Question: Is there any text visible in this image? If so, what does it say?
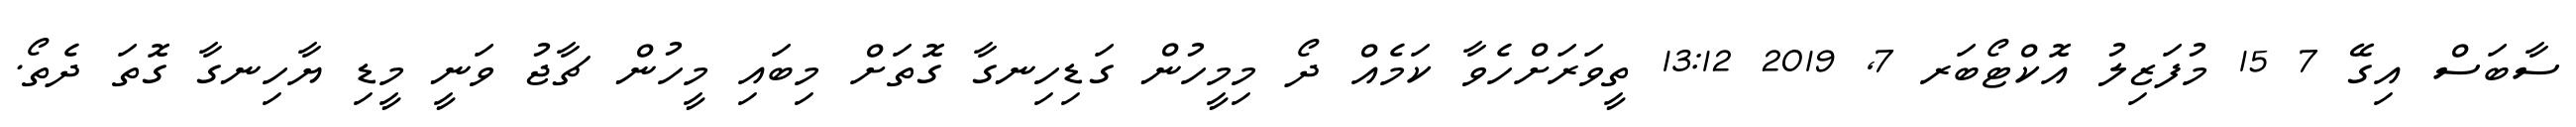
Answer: ސާބަސް އިގޭ 7 15 މުފަޒިލު އޮކްޓޯބަރ 7, 2019 13:12 ތީވަރަށްހެވާ ކަމެއް ދޯ މިމީހުން ގަޑިހިނގާ ގޮތަށް މިބައި މީހުން ޗާޖު ވަނީ މީޑި ޔާހިނގާ ގޮތަ ދެތޯ.